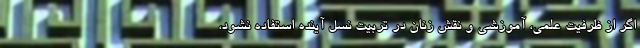
اگر از ظرفیت علمی، آموزشی و نقش زنان در تربیت نسل آینده استفاده نشود،